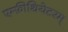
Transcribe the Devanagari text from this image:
एम्फ़ीथियेटरम्